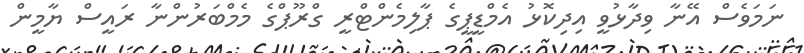
ނަމަވެސް އޭނާ ވިދާޅުވީ އިދިކޮޅު އެމްޑީޕީގެ ޕާލިމެންޓްރީ ގްރޫޕްގެ މެމްބަރުންނާ ރައީސް ޔާމީން